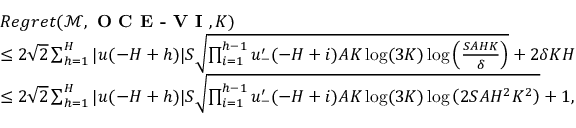
\begin{array} { r l } & { R e g r e t ( \mathcal { M } , \textbf { O C E - V I } , K ) } \\ & { \leq 2 \sqrt { 2 } \sum _ { h = 1 } ^ { H } \vert u ( - H + h ) \vert S \sqrt { \prod _ { i = 1 } ^ { h - 1 } u _ { - } ^ { \prime } ( - H + i ) A K \log ( 3 K ) \log \left( \frac { S A H K } { \delta } \right) } + 2 \delta K H } \\ & { \leq 2 \sqrt { 2 } \sum _ { h = 1 } ^ { H } \vert u ( - H + h ) \vert S \sqrt { \prod _ { i = 1 } ^ { h - 1 } u _ { - } ^ { \prime } ( - H + i ) A K \log ( 3 K ) \log \left( 2 S A H ^ { 2 } K ^ { 2 } \right) } + 1 , } \end{array}